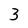
Character: 3